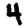
Digit: 4